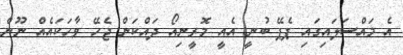
އެ މައްސަލައިގައި ޕެޕޭ ބުނީ އެއީ މޮރީނިއޯ ދައްކަން ޖެހޭ ވާހަކައެއް ނޫން